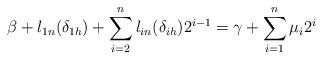
LaTeX: \begin{align*}\beta+l_{1n}(\delta_{1h})+\sum\limits^{n}_{i=2}l_{in}(\delta_{ih})2^{i-1}=\gamma+\sum\limits^{n}_{i=1}\mu_{i}2^{i}\end{align*}